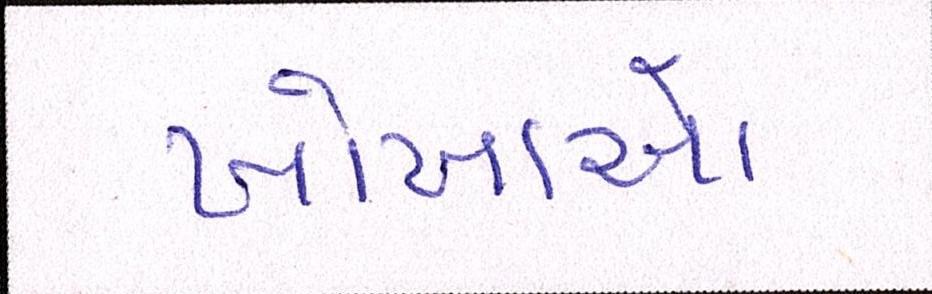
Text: ખોખાઓ